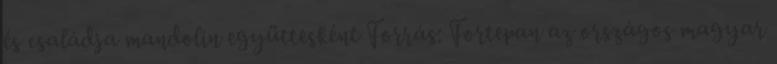
és családja mandolin együttesként Forrás: Fortepan az országos magyar